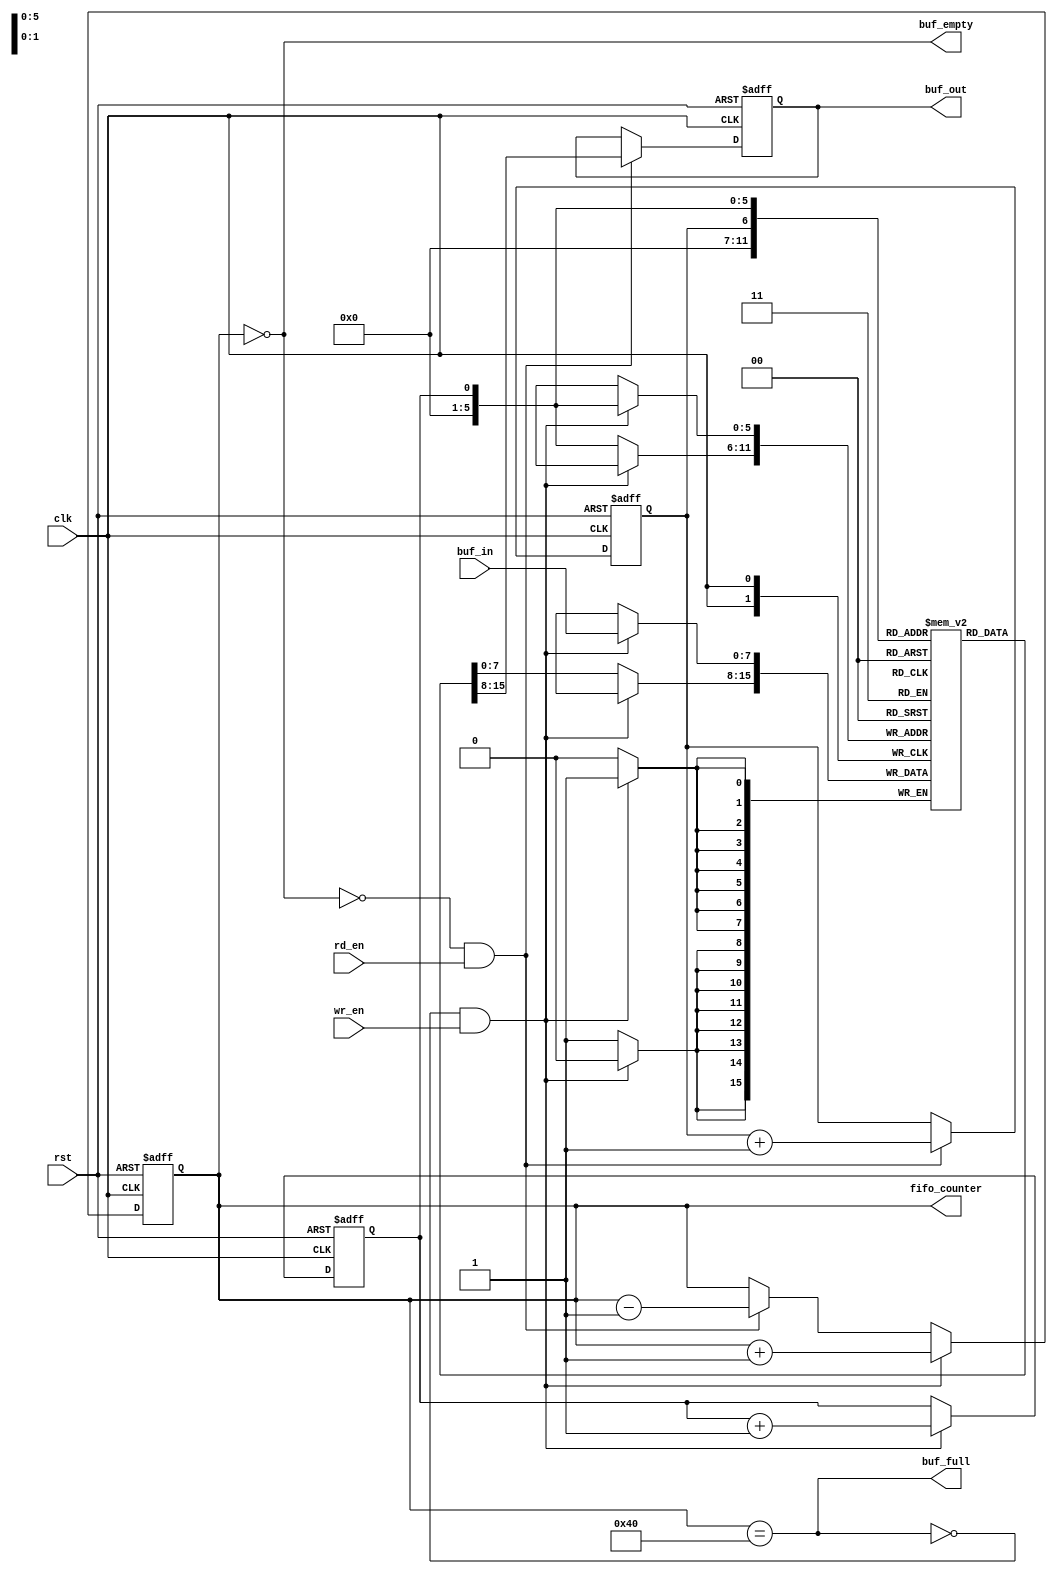
module fifo_sy(
input clk,rst ,wr_en,rd_en,
input[7:0] buf_in,
output buf_empty,buf_full,
output reg [7:0]buf_out,
output reg[7:0] fifo_counter
);
reg [7:0] mem[63:0];
reg rd_pt, wr_pt;
reg buf_empty ,buf_full;
always@(fifo_counter)
begin
  buf_empty = (fifo_counter == 0);
  buf_full = (fifo_counter == 64);
end
always@(posedge clk or negedge rst )
begin
  if (!rst)
    fifo_counter <= 0;
  else if (!buf_full && wr_en)
    fifo_counter <=fifo_counter + 1;
  else if (!buf_empty && rd_en)
    fifo_counter <=fifo_counter - 1;
  else 
    fifo_counter <= fifo_counter;
end
always@(posedge clk  or negedge rst)
begin
 if(!rst)
   buf_out <= 0;
 else  
  begin
    if(!buf_empty && rd_en)
      buf_out <= mem[rd_pt];
    else 
      buf_out <= buf_out;
  end
end
always@(posedge clk   )
begin
  if(!buf_full && wr_en)
    mem[wr_pt] <= buf_in;
  else 
    mem[wr_pt] <= mem[wr_pt];
end
always@(posedge clk or negedge rst )
begin
 if(!rst)begin
   wr_pt <= 0;
   rd_pt <= 0;
   end
 else
 begin
   if(!buf_full && wr_en)
     wr_pt <= wr_pt + 1;
   else 
     wr_pt <= wr_pt;
   if (!buf_empty && rd_en)  
     rd_pt <= rd_pt + 1;
   else 
     rd_pt <= rd_pt;
 end
end
endmodule